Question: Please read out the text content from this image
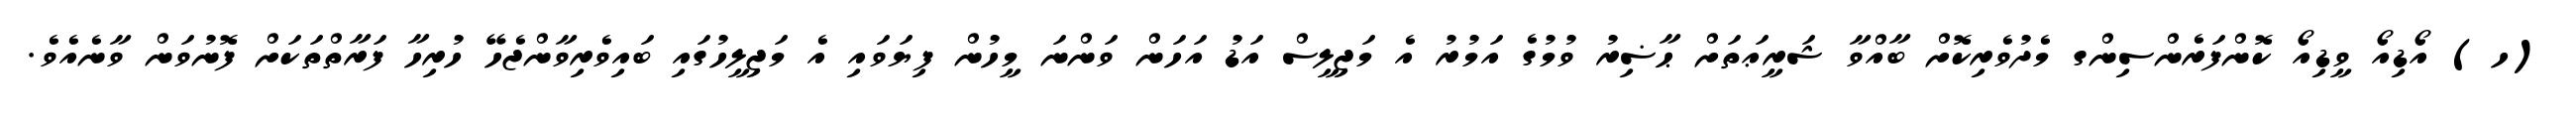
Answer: (ހ) އޯޑިއޯ ވީޑިއޯ ކޮންފަރެންސިންގ މެދުވެރިކޮށް ބާއްވާ ޝަރީޢަތަށް ޙާޟިރު ވުމުގެ އަމުރު އެ މަޖިލީސް އަޑު އަހަން ވަންނަ މީހުން ފިޔަވައި އެ މަޖިލީހުގައި ބައިވެރިވާންޖެހޭ ހުރިހާ ފަރާތްތަކަށް ފޮނުވަން ވާނެއެވެ.